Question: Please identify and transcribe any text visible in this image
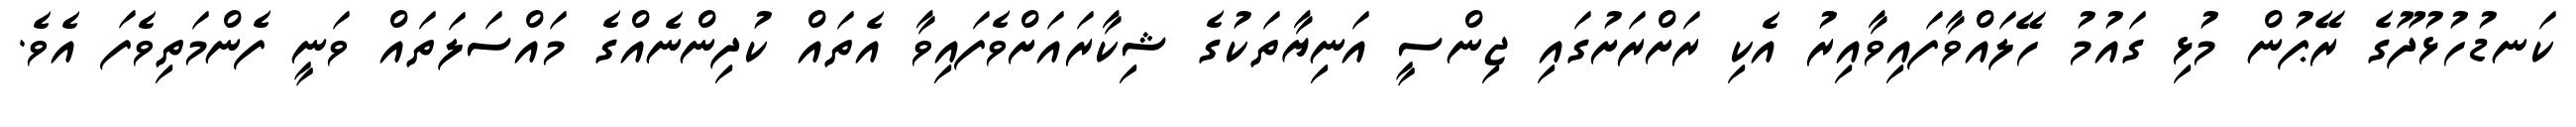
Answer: ކަނޑުހުޅުދޫގެ ރޭޕުން މުޅި ގައުމު ހޭލައްވާފައިވާއިރު އެކި ރަށްރަށުގައި ޖިންސީ އަނިޔާތަކުގެ ޝިކާރައަށްވެފައިވާ އެތައް ކުދިންނެއްގެ މައްސަލަތައް ވަނީ ފެންމަތިވެފަ އެވެ.